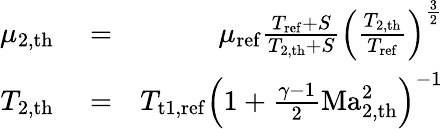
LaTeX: \begin{array}{rlr}{\mu_{{2,\mathrm{th}}}}&{{}=}&{\mu_{\mathrm{ref}}\frac{T_{\mathrm{ref}}+S}{T_{2,\mathrm{th}}+S}\left(\frac{T_{2,\mathrm{th}}}{T_{\mathrm{ref}}}\right)^{\frac 32}}\\ {T_{{2,\mathrm{th}}}}&{{}=}&{T_{\mathrm{t}1,\mathrm{ref}}\left(1+\frac{\gamma-1}{2}\mathrm{Ma}_{2,\mathrm{th}}^{2}\right)^{-1}}\end{array}